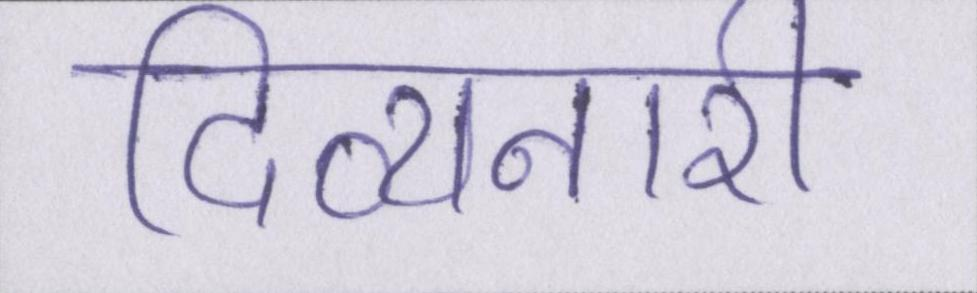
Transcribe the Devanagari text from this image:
दिव्यनारी